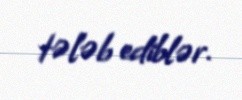
tələb ediblər.